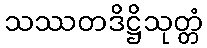
သဿတဒိဋ္ဌိသုတ္တံ